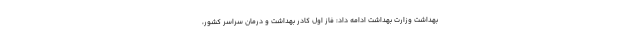
بهداشت وزارت بهداشت ادامه داد: فاز اول کادر بهداشت و درمان سراسر کشور،